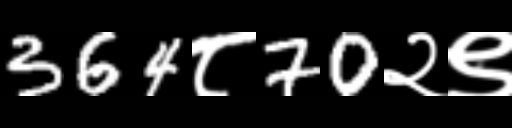
Text: 364८70२९